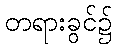
တရားခွင်၌